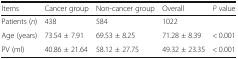
| Items | Cancer group | Non-cancer group | Overall | P value |
 | --- | --- | --- | --- | --- |
 | Patients (n) | 438 | 584 | 1022 |  |
 | Age (years) | 73.54 ± 7.91 | 69.53 ± 8.25 | 71.28 ± 8.39 | < 0.001 |
 | PV (ml) | 40.86 ± 21.64 | 58.12 ± 27.75 | 49.32 ± 23.35 | < 0.001 |